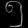
Digit: ၅